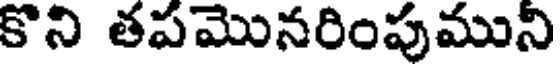
కొని తపమొనరింపుముని